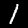
Digit: 1